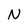
Character: N